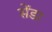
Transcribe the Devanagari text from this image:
सेंडा